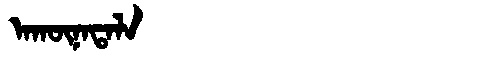
Manchu: ᠠᡴᡡᠨᠠᡨᠠᠯᠠ
Romanization: AKŪNATALA